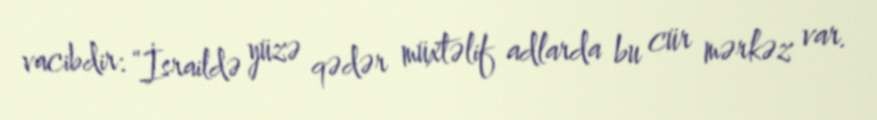
vacibdir: “İsraildə yüzə qədər müxtəlif adlarda bu cür mərkəz var.